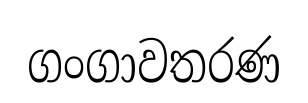
ගංගාවතරණ